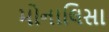
મોનાલિસા